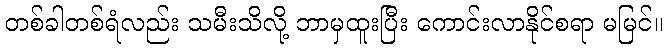
တစ်ခါတစ်ရံလည်း သမီးသိလို့ ဘာမှထူးပြီး ကောင်းလာနိုင်စရာ မမြင်။